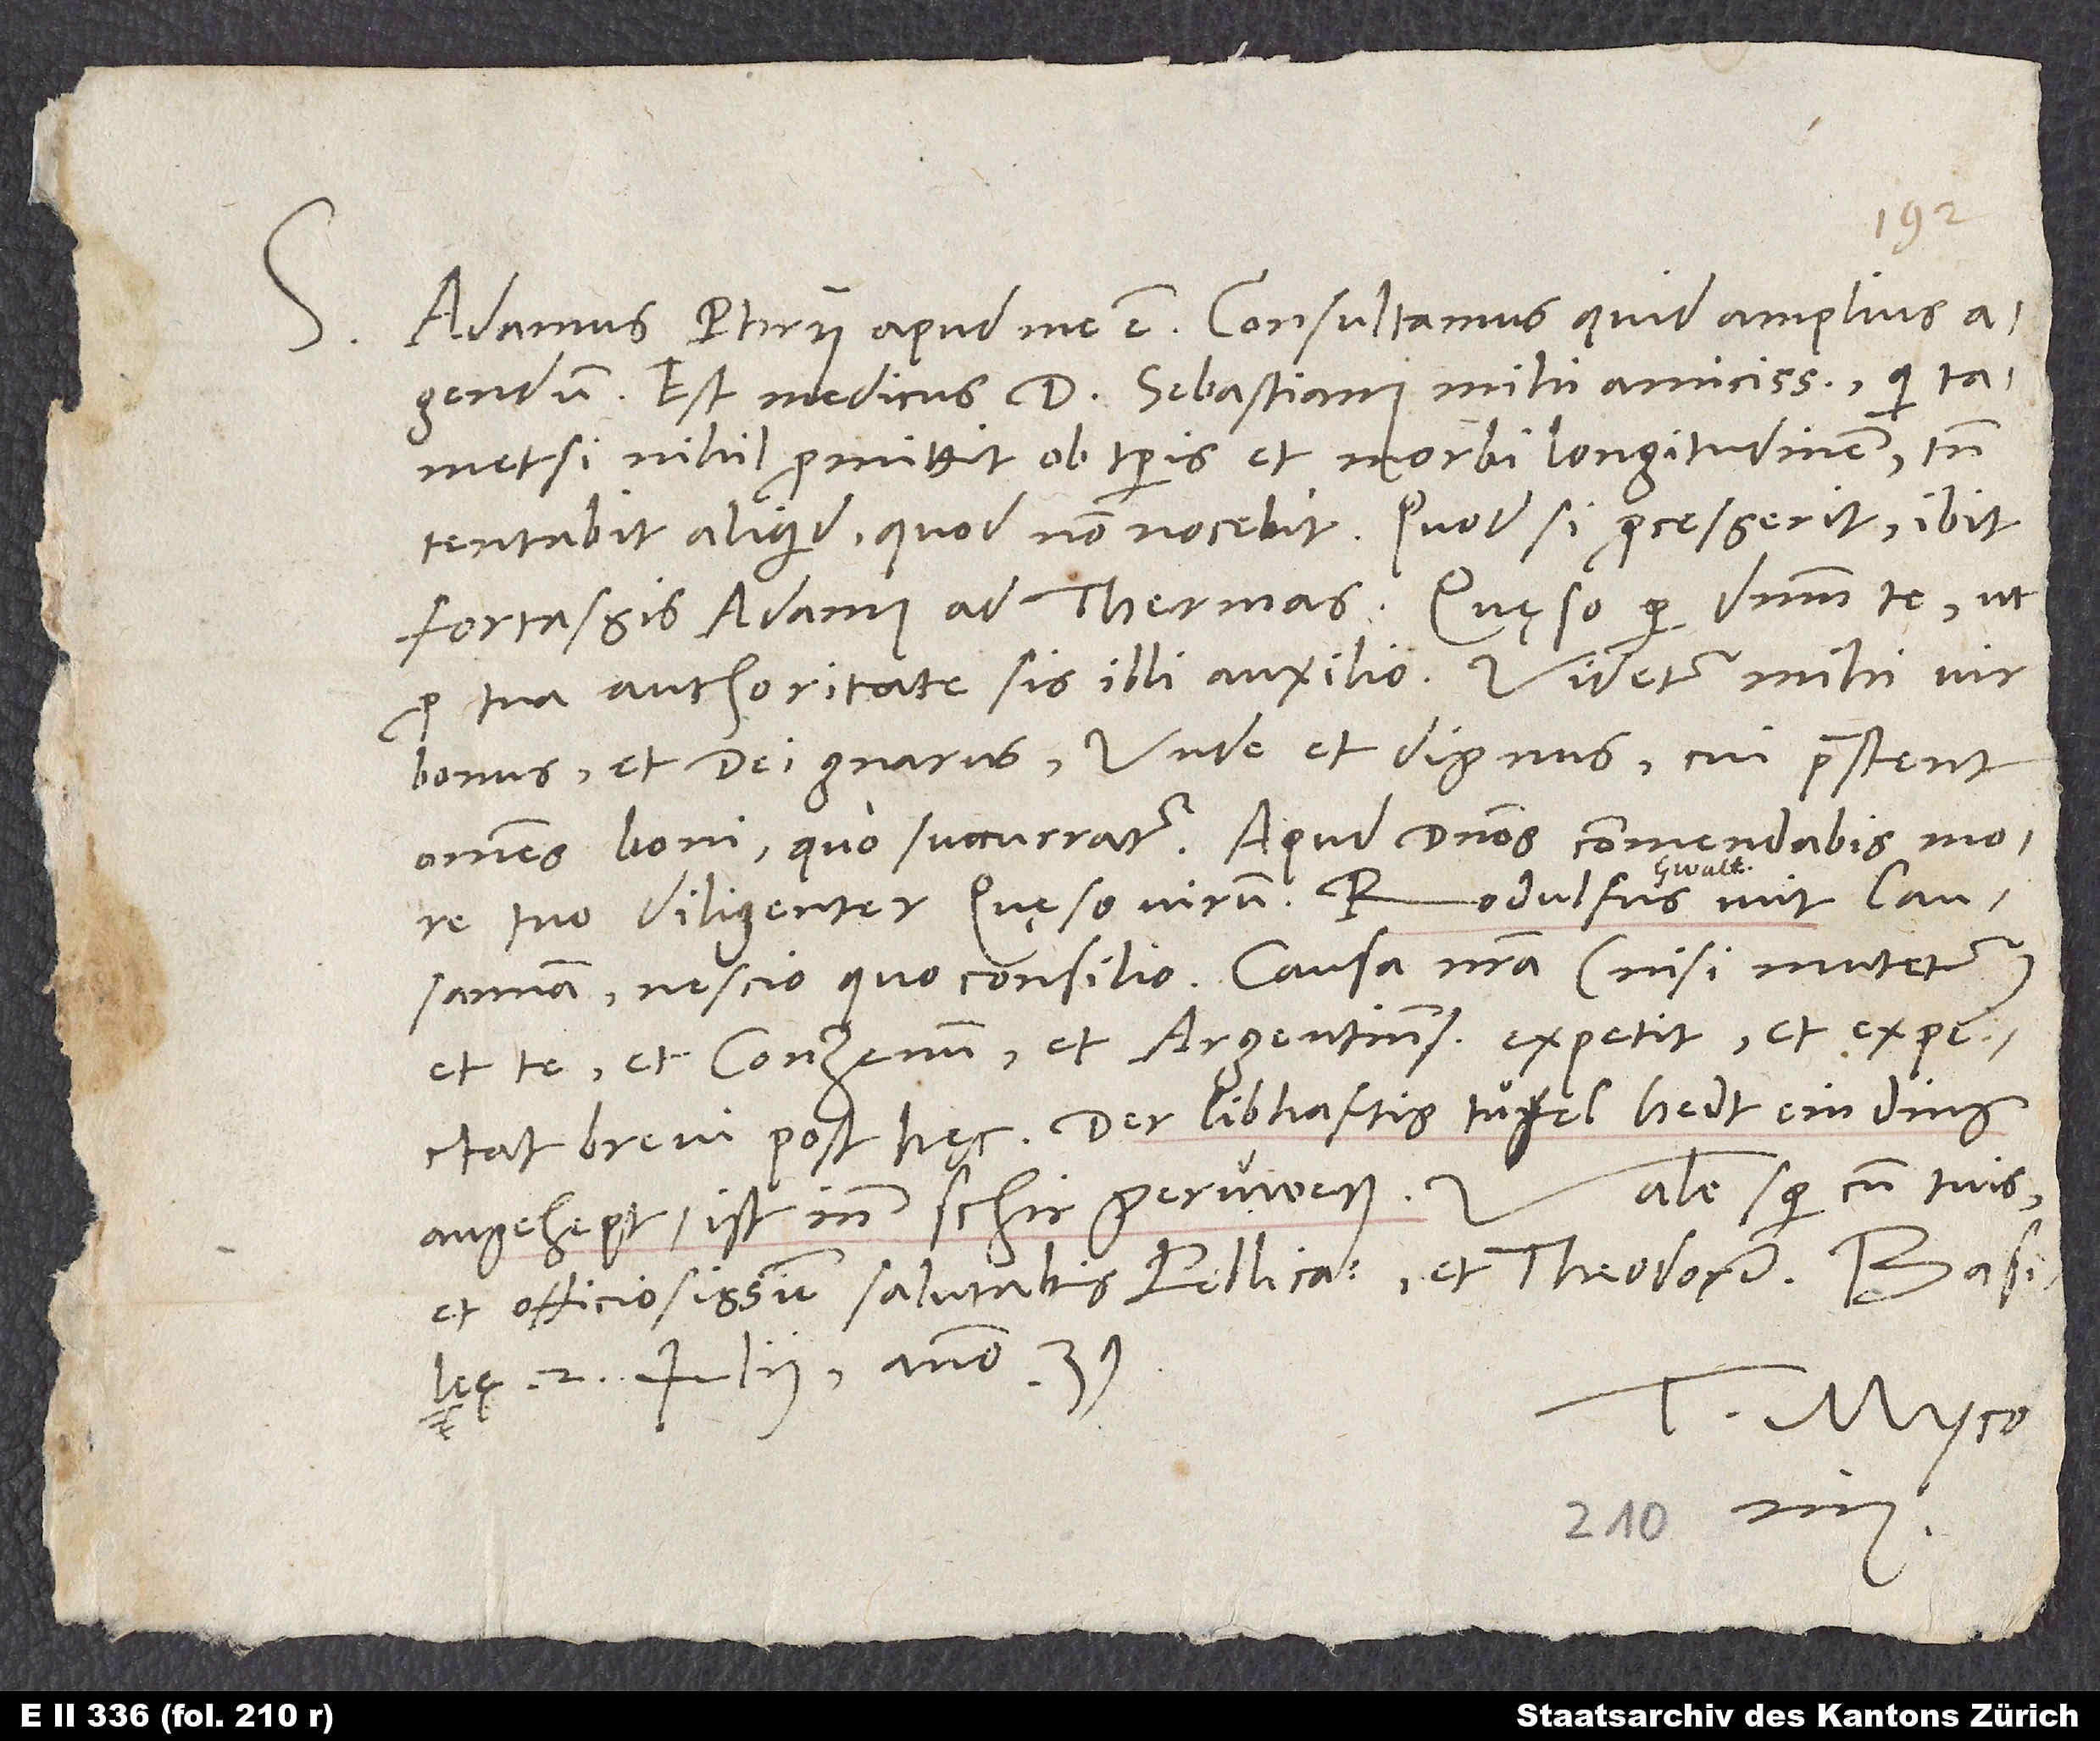
Adamus Phry apud me est. Consultamus, quid amplius
agendum. Est medicus doctor Sebastianus mihi amicissimus, qui, tametsi
nihil promittit ob temporis et morbi longitudinem, tamen
fortassis Adamus ad thermas. Quęso per dominum te, ut
pro tua authoritate sis illi auxilio. Videtur mihi vir
bonus et dei gnarus, unde et dignus, cui praestent
omnes boni, quo succurratur. Apud dominos commendabis more
Lausannam, nescio quo consilio. Causa nostra (nisi mutetur)
et te et Conzenum et Argentinenses expetit et expectat
brevi post hęc. Der libhaftig tüfel hedt ein ding
Vale semper cum tuis
angehept; ist inn schir gerüwen.
et officiosissime salutabis Pellicanum et Theodorum.
Basileę, 2. iulii anno 39.